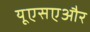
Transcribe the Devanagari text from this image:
यूएसएऔर